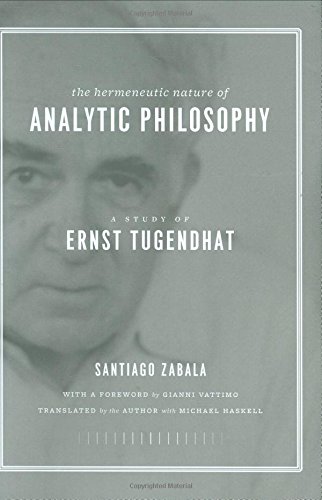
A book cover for The Hermeneutic Nature of Analytic Philosophy: A Study of Ernst Tugendhat; Santiago Zabala; Politics & Social Sciences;